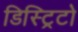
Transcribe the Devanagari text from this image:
डिस्ट्रिटो